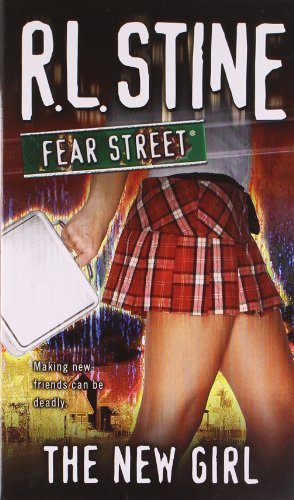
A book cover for The New Girl (Fear Street, No. 1); R. L. Stine; Teen & Young Adult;